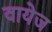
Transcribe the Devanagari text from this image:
वायेज